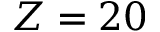
Z = 2 0